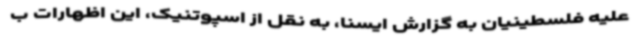
علیه فلسطینیان به گزارش ایسنا، به نقل از اسپوتنیک، ‌این اظهارات ب